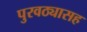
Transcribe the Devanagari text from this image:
पुरवठ्यासह